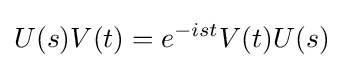
U(s)V(t)=e^{-ist}V(t)U(s)